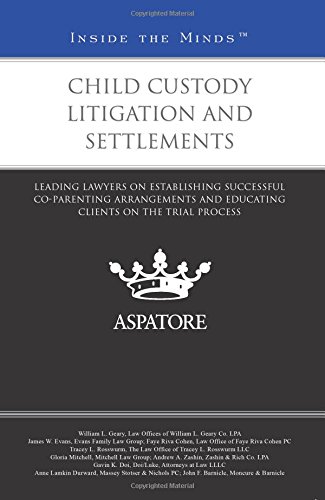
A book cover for Child Custody Litigation and Settlements: Leading Lawyers on Establishing Successful Co-Parenting Arrangements and Educating Clients on the Trial Process (Inside the Minds); Multiple Authors; Law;